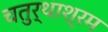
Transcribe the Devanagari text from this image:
चतुर्थाश्रम